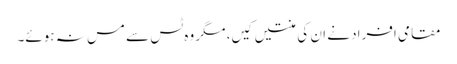
مقامی افراد نے ان کی منتیں کیں، مگر وہ ٹس سے مس نہ ہوئے۔